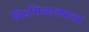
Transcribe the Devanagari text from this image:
बिडमिळाल्यावर